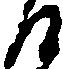
る